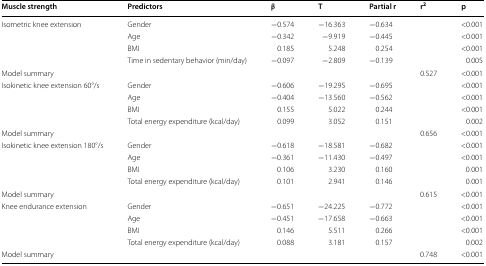
<table><thead><tr><td><b>Muscle strength</b></td><td><b>Predictors</b></td><td><b>β</b></td><td><b>T</b></td><td><b>Partial r</b></td><td><b>r<sup>2</sup></b></td><td><b>p</b></td></tr></thead><tbody><tr><td>Isometric knee extension</td><td>Gender</td><td>−0.574</td><td>−16.363</td><td>−0.634</td><td></td><td>&lt;0.001</td></tr><tr><td></td><td>Age</td><td>−0.342</td><td>−9.919</td><td>−0.445</td><td></td><td>&lt;0.001</td></tr><tr><td></td><td>BMI</td><td>0.185</td><td>5.248</td><td>0.254</td><td></td><td>&lt;0.001</td></tr><tr><td></td><td>Time in sedentary behavior (min/day)</td><td>−0.097</td><td>−2.809</td><td>−0.139</td><td></td><td>0.005</td></tr><tr><td>Model summary</td><td></td><td></td><td></td><td></td><td>0.527</td><td>&lt;0.001</td></tr><tr><td>Isokinetic knee extension 60°/s</td><td>Gender</td><td>−0.606</td><td>−19.295</td><td>−0.695</td><td></td><td>&lt;0.001</td></tr><tr><td></td><td>Age</td><td>−0.404</td><td>−13.560</td><td>−0.562</td><td></td><td>&lt;0.001</td></tr><tr><td></td><td>BMI</td><td>0.155</td><td>5.022</td><td>0.244</td><td></td><td>&lt;0.001</td></tr><tr><td></td><td>Total energy expenditure (kcal/day)</td><td>0.099</td><td>3.052</td><td>0.151</td><td></td><td>0.002</td></tr><tr><td>Model summary</td><td></td><td></td><td></td><td></td><td>0.656</td><td>&lt;0.001</td></tr><tr><td>Isokinetic knee extension 180°/s</td><td>Gender</td><td>−0.618</td><td>−18.581</td><td>−0.682</td><td></td><td>&lt;0.001</td></tr><tr><td></td><td>Age</td><td>−0.361</td><td>−11.430</td><td>−0.497</td><td></td><td>&lt;0.001</td></tr><tr><td></td><td>BMI</td><td>0.106</td><td>3.230</td><td>0.160</td><td></td><td>0.001</td></tr><tr><td></td><td>Total energy expenditure (kcal/day)</td><td>0.101</td><td>2.941</td><td>0.146</td><td></td><td>0.001</td></tr><tr><td>Model summary</td><td></td><td></td><td></td><td></td><td>0.615</td><td>&lt;0.001</td></tr><tr><td>Knee endurance extension</td><td>Gender</td><td>−0.651</td><td>−24.225</td><td>−0.772</td><td></td><td>&lt;0.001</td></tr><tr><td></td><td>Age</td><td>−0.451</td><td>−17.658</td><td>−0.663</td><td></td><td>&lt;0.001</td></tr><tr><td></td><td>BMI</td><td>0.146</td><td>5.511</td><td>0.266</td><td></td><td>&lt;0.001</td></tr><tr><td></td><td>Total energy expenditure (kcal/day)</td><td>0.088</td><td>3.181</td><td>0.157</td><td></td><td>0.002</td></tr><tr><td>Model summary</td><td></td><td></td><td></td><td></td><td>0.748</td><td>&lt;0.001</td></tr></tbody></table>